Scottish Leaving Certificate Examination, 1955
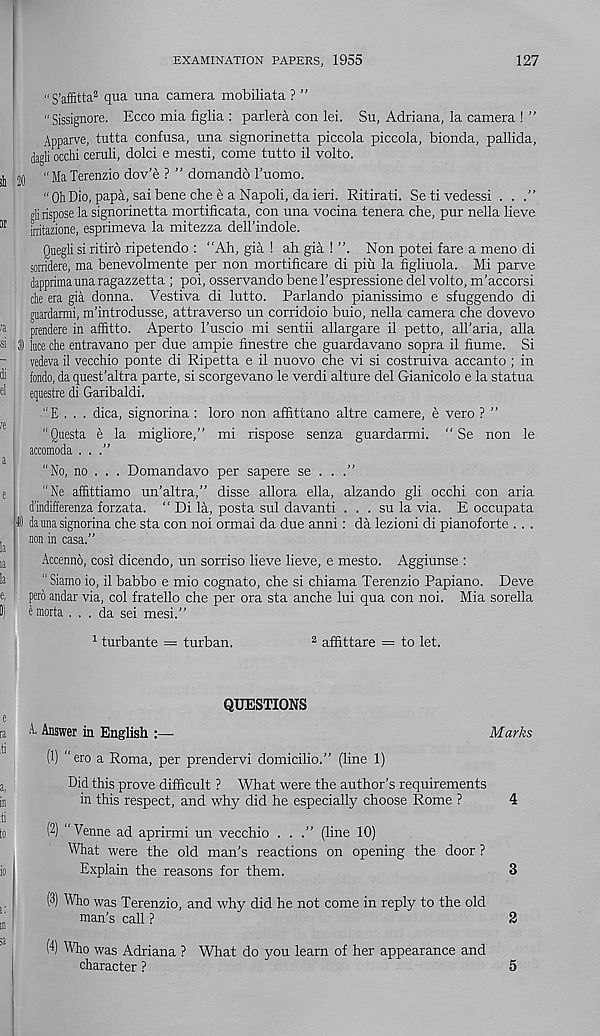
EXAMINATION PAPERS, 1955
127
“S’affitta 2 qua una camera mobiliata ? ”
“Sissignore. Ecco mia figlia : parlera con lei. Su, Adriana, la camera ! ”
Apparve, tutta confusa, una signorinetta piccola piccola, bionda, pallida,
dagli occhi ceruli, dolci e mesti, come tutto il volto.
ill 20 “MaTerenzio dov'e ? ” domando 1’uomo.
or
ra
si
di
el
“ Oh Dio, papa, sai bene che e a Napoli, da ieri. Ritirati. Setivedessi . .
glirispose la signorinetta mortificata, con una vocina tenera che, pur nella lieve
irritazione, esprimeva la mitezza dell’indole.
Quegli si ritiro ripetendo : “Ah, gia ! ah gia ! ”. Non potei fare a meno di
sorridere, ma benevolmente per non mortificare di piu la figliuola. Mi parve
dapprima una ragazzetta ; poi, osservando bene 1’espressione del volto, m’accorsi
die era gia donna. Vestiva di lutto. Parlando pianissimo e sfuggendo di
guardarmi, m’introdusse, attraverso un corridoio buio, nella camera che dovevo
prendere in affitto. Aperto 1'uscio mi sentii allargare il petto, aH’aria, alia
luce che entravano per due ample finestre che guardavano sopra il flume. Si
vedeva il vecchio ponte di Ripetta e il nuovo che vi si costmiva accanto ; in
fondo, da quest’altra parte, si scorgevano le verdi alture del Gianicolo e la statua
equestre di Garibaldi.
"E . . . dica, signorina : loro non aflittano altre camere, e vero ? ”
"Questa e la migliore,” mi rispose senza guardarmi. “ Se non le
accomoda ...”
"No, no . . . Domandavo per sapere se . . .”
e
“Ne affittiamo un’altra,” disse allora ella, alzando gli occhi con aria
d’indifferenza forzata. “ Di la, posta sul davanti . . . su la via. E occupata
I da ima signorina che sta con noi ormai da due anni: da lezioni di pianoforte . . .
,
non in casa.”
la
, a
Accenno, cos! dicendo, un sorriso lieve lieve, e mesto. Aggiunse :
la
"Siamo io, il babbo e mio cognato, che si chiama Terenzio Papiano. Deve
e, pero andar via, col fratello che per ora sta anche lui qua con noi. Mia sorella
II) emorta ... da sei mesi.”
1 turbante = turban.
2 afflttare = to let.
QUESTIONS
e
a
A. Answer in English :—
Marks
(1) "ero a Roma, per prendervi domicilio.” (line 1)
a,
Did this prove difficult ? What were the author’s requirements
in
in this respect, and why did he especially choose Rome ?
4
li
to
P) "Venne ad aprirmi un vecchio ...” (line 10)
What were the old man’s reactions on opening the door ?
io
Explain the reasons for them.
3
P) Who was Terenzio, and why did he not come in reply to the old
in
man’s call ?
2
W Who was Adriana ? What do you learn of her appearance and
character ?
5